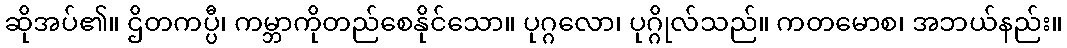
ဆိုအပ်၏။ ဌိတကပ္ပီ၊ ကမ္ဘာကိုတည်စေနိုင်သော။ ပုဂ္ဂလော၊ ပုဂ္ဂိုလ်သည်။ ကတမောစ၊ အဘယ်နည်း။